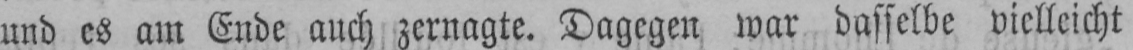
und es am Ende auch zernagte. Dagegen war dasselbe vielleicht